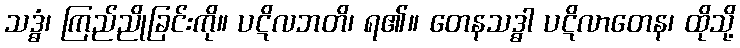
သဒ္ဓံ၊ ကြည်ညိုခြင်းကို။ ပဋိလဘတိ၊ ရ၏။ တေနသဒ္ဓါ ပဋိလာတေန၊ ထိုသို့